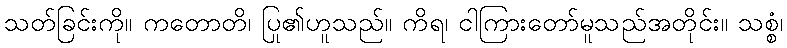
သတ်ခြင်းကို။ ကတောတိ၊ ပြု၏ဟူသည်။ ကိရ၊ ငါကြားတော်မူသည်အတိုင်း။ သစ္စံ၊